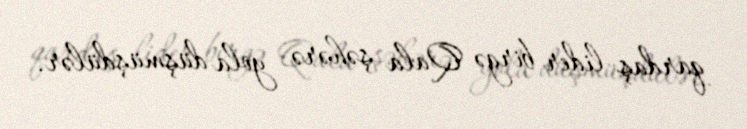
qardaş lider birgə Qala şəhərə yola düşmüşdülər.